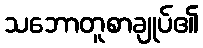
သဘောတူစာချုပ်၏